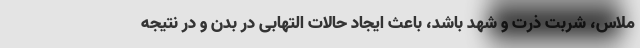
ملاس، شربت ذرت و شهد باشد، باعث ایجاد حالات التهابی در بدن و در نتیجه